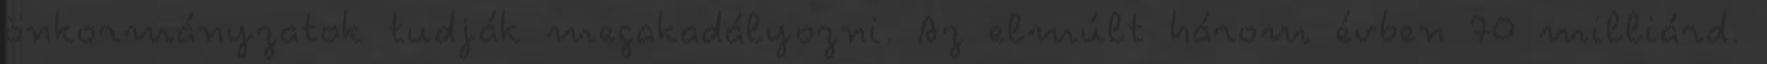
önkormányzatok tudják megakadályozni. Az elmúlt három évben 70 milliárd.